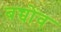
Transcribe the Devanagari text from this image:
बच्चोंव